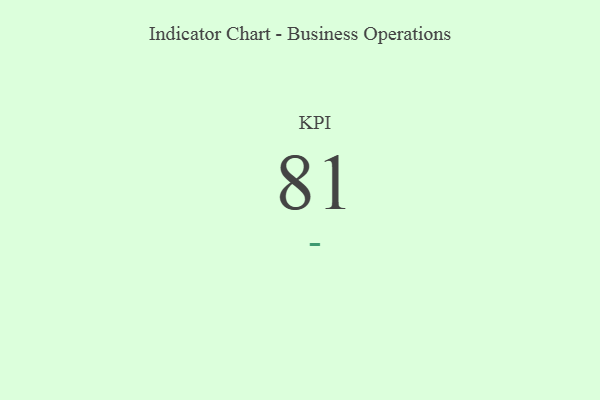
{"axis": {"x": "KPI", "y": "Value"}, "legend": [""], "data": [{"x": "KPI", "y": 81, "type": ""}]}